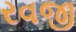
રવજી